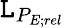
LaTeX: \mathtt{L}_{P_{E;rel}}